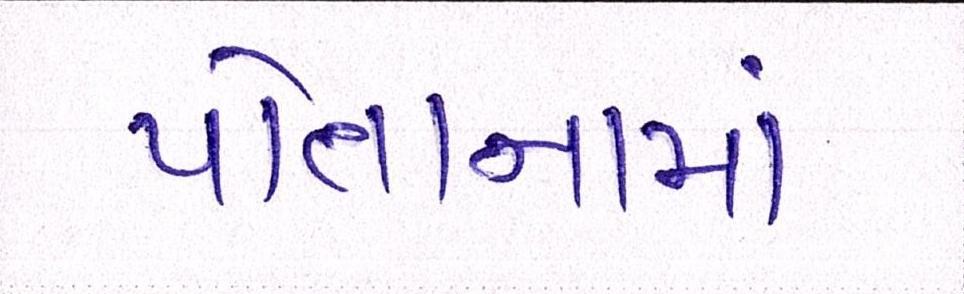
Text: પોતાનામાં